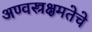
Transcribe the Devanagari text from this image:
अण्वस्त्रक्षमतेचे